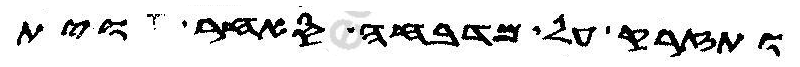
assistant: ותזרק על מדבחה סאחר וית